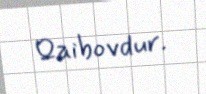
Qaibovdur.